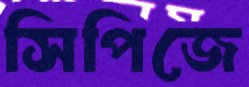
সিপিজে